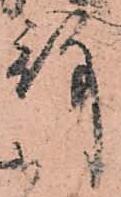
殿